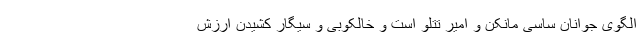
الگوی جوانان ساسی مانکن و امیر تتلو است و خالکوبی و سیگار کشیدن ارزش